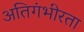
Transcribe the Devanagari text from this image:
अतिगंभीरता